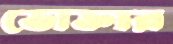
ভোক্তার